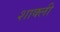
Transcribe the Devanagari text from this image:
शाक्ली